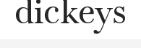
dickeys